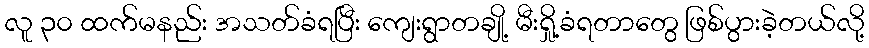
လူ ၃၀ ထက်မနည်း အသတ်ခံရပြီး ကျေးရွာတချို့ မီးရှို့ခံရတာတွေ ဖြစ်ပွားခဲ့တယ်လို့